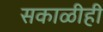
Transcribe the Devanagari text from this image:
सकाळीही